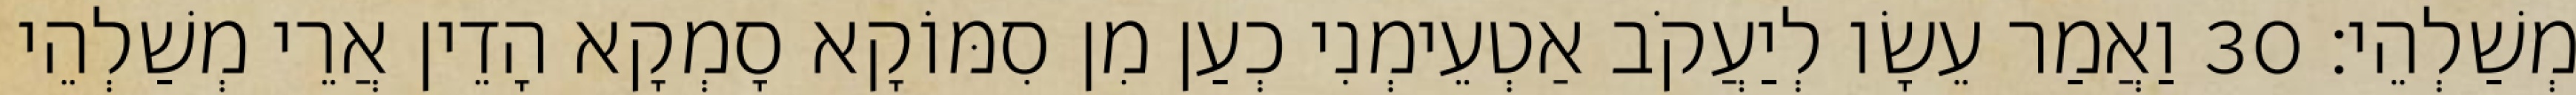
מְשַׁלְהֵי׃ 30 וַאֲמַר עֵשָׂו לְיַעֲקֹב אַטְעֵימְנִי כְעַן מִן סִמּוֹקָא סָמְקָא הָדֵין אֲרֵי מְשַׁלְהֵי